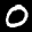
Label: 0